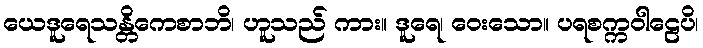
ယေဒူရေသန္တိကေစာဘိ၊ ဟူသည် ကား။ ဒူရေ၊ ဝေးသော။ ပရစက္ကဝါဠေပိ၊